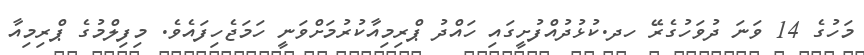
މަހުގެ 14 ވަނަ ދުވަހުގެރޭ ހދ.ކުޅުދުއްފުށީގައި ހައްދު ޕްރިމިއާކުރުމަށްވަނީ ހަމަޖެހިފައެވެ. މިފިލްމުގެ ޕްރިމިއާ